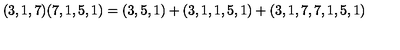
( 3 , 1 , 7 ) ( 7 , 1 , 5 , 1 ) = ( 3 , 5 , 1 ) + ( 3 , 1 , 1 , 5 , 1 ) + ( 3 , 1 , 7 , 7 , 1 , 5 , 1 )